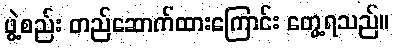
ဖွဲ့စည်း တည်ဆောက်ထားကြောင်း တွေ့ရသည်။